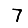
Digit: 7